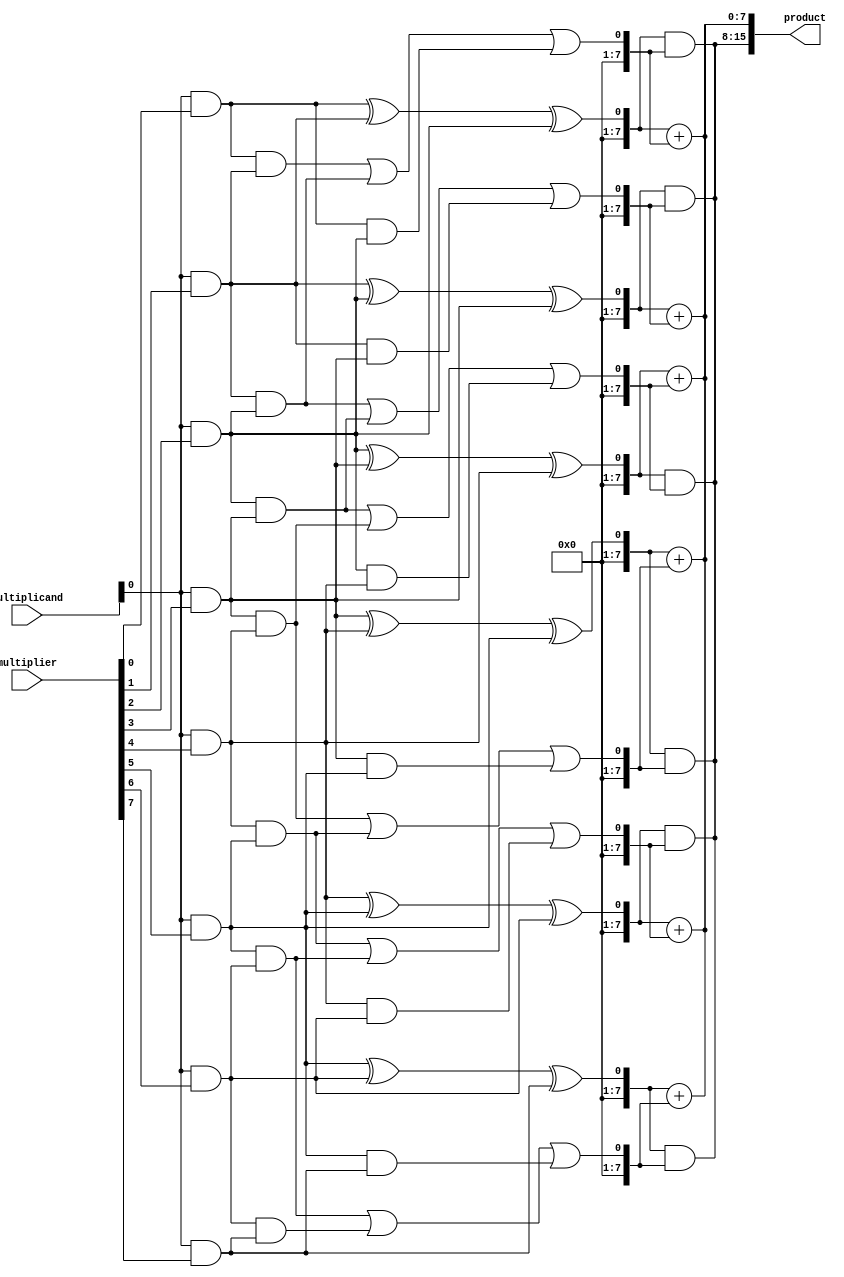
module AdaptiveWallaceTreeMultiplier #(parameter N = 8) (
    input [N-1:0] multiplicand,
    input [N-1:0] multiplier,
    output reg [2*N-1:0] product
);

    // Partial Product Generation
    wire [N-1:0] pp [0:N-1]; // Partial products
    genvar i;
    generate
        for (i = 0; i < N; i = i + 1) begin : pp_gen
            assign pp[i] = multiplicand & {N{multiplier[i]}};
        end
    endgenerate

    // Wallace Tree Reduction
    wire [N-1:0] sum [0:N-1]; // Sums at each stage
    wire [N-1:0] carry [0:N-1]; // Carries at each stage
    wire [N-1:0] final_sum, final_carry;

    // Initial stage: first reduction
    generate
        for (i = 0; i < N; i = i + 1) begin : reduction_stage_1
            if (i < N-1) begin
                // Using full adders for the first stage
                wire a, b, c;
                assign a = pp[i][0];
                assign b = pp[i+1][0];
                assign c = pp[i+2][0];
                assign sum[i] = a ^ b ^ c; // Sum
                assign carry[i] = (a & b) | (b & c) | (a & c); // Carry
            end else begin
                assign sum[i] = pp[i][0]; // Last row
                assign carry[i] = 0; // No carry
            end
        end
    endgenerate

    // Further reduction stages
    generate
        for (i = 1; i < N; i = i + 1) begin : reduction_stages
            if (i < N-1) begin
                wire [N-1:0] next_sum, next_carry;
                assign next_sum = sum[i-1];
                assign next_carry = carry[i-1];
                // Full adder logic for further stages
                assign final_sum = next_sum + next_carry;
                assign final_carry = (next_sum & next_carry);
            end
        end
    endgenerate

    // Final addition of the last two rows
    always @(*) begin
        product = {final_carry, final_sum}; // Concatenate carry and sum
    end

endmodule